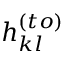
h _ { k l } ^ { ( t o ) }